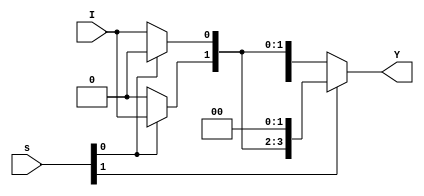
`timescale 1ns/10ps

//Demultiplexer Description Module 1 to 4
module Demux_1_4(
  input I,
  input [1:0] s,
  output reg [3:0] Y);

  always @ (I, s[0], s[1]) //If inputs change
    if (s[1] == 0)
      if (s[0] == 0) // 00
      	begin
          Y[0] = I;
          Y[1] = 1'b0;
          Y[2] = 1'b0;
          Y[3] = 1'b0;
        end
      else // 01
        begin
          Y[0] = 1'b0;
          Y[1] = I;
          Y[2] = 1'b0;
          Y[3] = 1'b0;
        end
    else
      if (s[0] == 0) // 10
        begin
          Y[0] = 1'b0;
          Y[1] = 1'b0;
          Y[2] = I;
          Y[3] = 1'b0;
        end
      else // 11
        begin
          Y[0] = 1'b0;
          Y[1] = 1'b0;
          Y[2] = 1'b0;
          Y[3] = I;
        end
endmodule